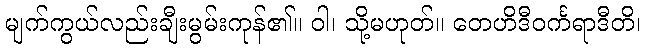
မျက်ကွယ်လည်းချီးမွမ်းကုန်၏။ ဝါ၊ သို့မဟုတ်။ တေဟိဒီဝင်္ကရာဒီတိ၊